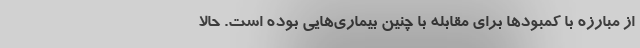
از مبارزه با کمبودها برای مقابله با چنین بیماری‌هایی بوده است. حالا